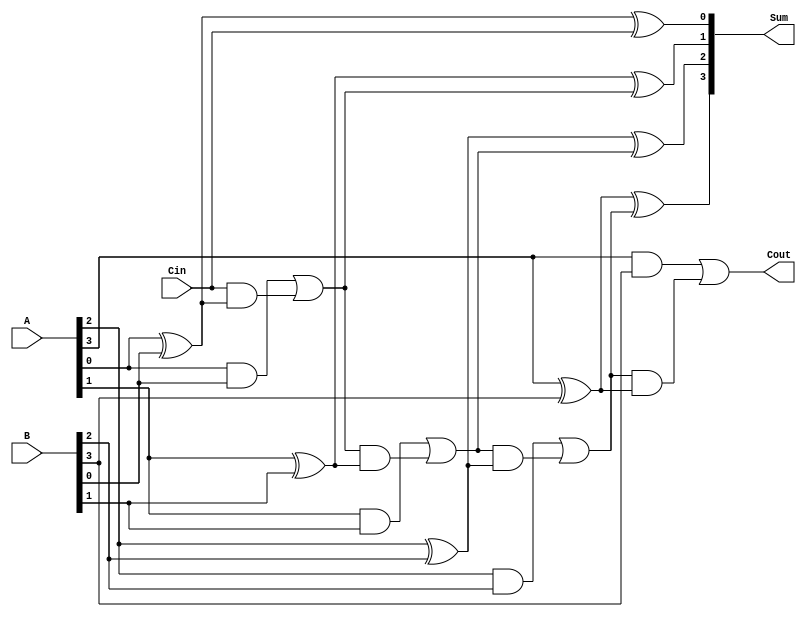
module ParallelFullAdder #(parameter N = 4) (
    input  wire [N-1:0] A,    // First operand
    input  wire [N-1:0] B,    // Second operand
    input  wire Cin,           // Carry input
    output wire [N-1:0] Sum,   // Sum output
    output wire Cout           // Carry output
);

    // Internal wire for carry propagation
    wire [N:0] carry; // carry[0] is the initial carry input (Cin)

    // Assigning the initial carry
    assign carry[0] = Cin;

    // Generate the sum and carry outputs for each bit
    genvar i;
    generate
        for (i = 0; i < N; i = i + 1) begin : full_adder
            // Sum logic
            assign Sum[i] = A[i] ^ B[i] ^ carry[i];
            // Carry logic
            assign carry[i + 1] = (A[i] & B[i]) | (carry[i] & (A[i] ^ B[i]));
        end
    endgenerate

    // Final carry output is the last carry in the chain
    assign Cout = carry[N];

endmodule